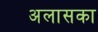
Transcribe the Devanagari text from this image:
अलासका